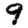
Digit: 9